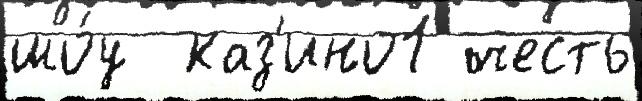
шо́у  каз'ино1 честь